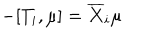
- [ T _ { i } , \mu ] = \overline { { X } } _ { i } \mu